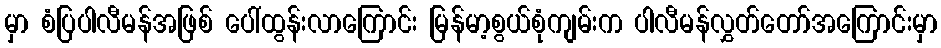
မှာ စံပြပါလီမန်အဖြစ် ပေါ်ထွန်းလာကြောင်း မြန်မာ့စွယ်စုံကျမ်းက ပါလီမန်လွှတ်တော်အကြောင်းမှာ